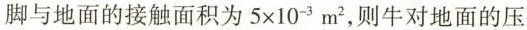
脚与地面的接触面积为$$5\times 10^{-3}m^{2}$$，则牛对地面的压